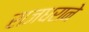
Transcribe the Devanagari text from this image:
राजधराने